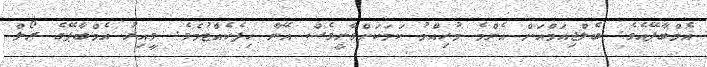
އެމްބާޕޭއެވެ. ބެލްޖިއަމްއަށް އެންމެ މުހިއްމު ކަމަކަށްވާނީވެސް އޭނާ ހިފެހެއްޓުމެވެ. ވީއިރު އެމްބާޕޭގެ ރޯލް